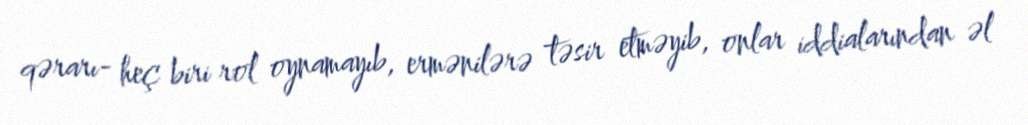
qərarı- heç biri rol oynamayıb, ermənilərə təsir etməyib, onlar iddialarından əl